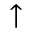
\uparrow